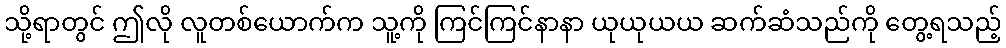
သို့ရာတွင် ဤလို လူတစ်ယောက်က သူ့ကို ကြင်ကြင်နာနာ ယုယုယယ ဆက်ဆံသည်ကို တွေ့ရသည့်